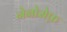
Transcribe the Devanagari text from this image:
नेनोसेफ़